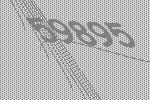
59895